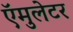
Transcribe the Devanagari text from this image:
ऍमुलेटर